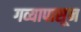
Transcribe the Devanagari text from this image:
गव्यापासून